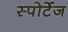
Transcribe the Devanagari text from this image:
स्पोर्टेज